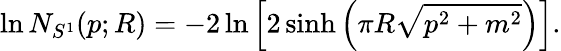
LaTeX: \ln N_{S^{1}}(p;R)=-2\ln\left[2\sinh\left(\pi R\sqrt{p^{2}+m^{2}}\right)\right].